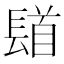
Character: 𨲛